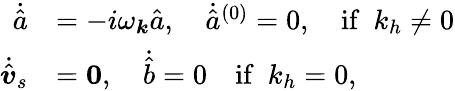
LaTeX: \begin{array}{rl}{\dot{\hat{a}}}&{=-i\omega_{\boldsymbol{k}}\hat{a},~~~~\dot{\hat{a}}^{(0)}=0,~~~~\mathrm{if}~~k_{h}\neq 0}\\ {\dot{\hat{\boldsymbol{v}}}_{s}}&{=\mathbf{0},~~~~\dot{\hat{b}}=0~~~~\mathrm{if}~~k_{h}=0,}\end{array}